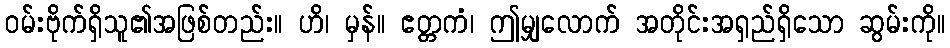
ဝမ်းဗိုက်ရှိသူ၏အဖြစ်တည်း။ ဟိ၊ မှန်။ ဧတ္တကံ၊ ဤမျှလောက် အတိုင်းအရှည်ရှိသော ဆွမ်းကို။